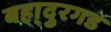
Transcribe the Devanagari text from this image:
बहा्दुरगड